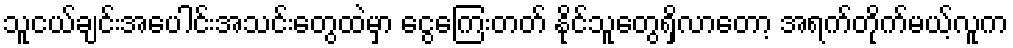
သူငယ်ချင်းအပေါင်းအသင်းတွေထဲမှာ ငွေကြေးတတ် နိုင်သူတွေရှိလာတော့ အရက်တိုက်မယ့်လူက